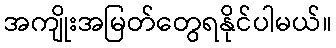
အကျိုးအမြတ်တွေရနိုင်ပါမယ်။